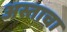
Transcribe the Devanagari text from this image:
अस्ताचा